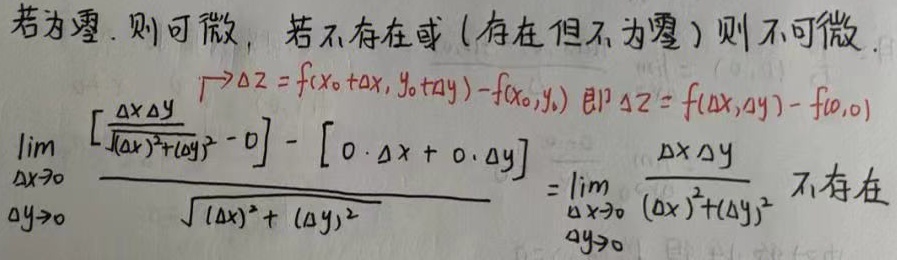
若为零. 则可微，若不存在或 (存在但不为零) 则不可微.

$\lim_{\substack{\Delta x \to 0 \\ \Delta y \to 0}} \frac{\left[\frac{\Delta x \Delta y}{\sqrt{(\Delta x)^2+(\Delta y)^2}} - 0\right] - [0 \cdot \Delta x + 0 \cdot \Delta y]}{\sqrt{(\Delta x)^2 + (\Delta y)^2}} = \lim_{\substack{\Delta x \to 0 \\ \Delta y \to 0}} \frac{\Delta x \Delta y}{(\Delta x)^2+(\Delta y)^2}$ 不存在

$\boxed{\Delta z = f(x_0 + \Delta x, y_0 + \Delta y) - f(x_0, y_0)}$ 即 $\Delta z = f(\Delta x, \Delta y) - f(0,0)$